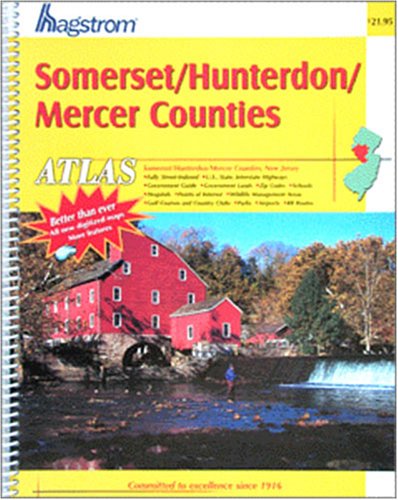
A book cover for Somerset/Hunterdon/Mercer Counties, New Jersey (Hagstrom Somerset/Hunterdon/Mercer County Atlas); Hagstrom Map Company; Travel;